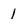
Character: 1